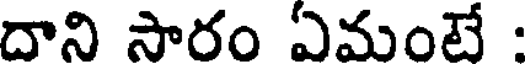
దాని సారం ఏమంటే :